Lunatic asylums Central Provinces reports 1886-1894 - 1886-1894
Year: 1886
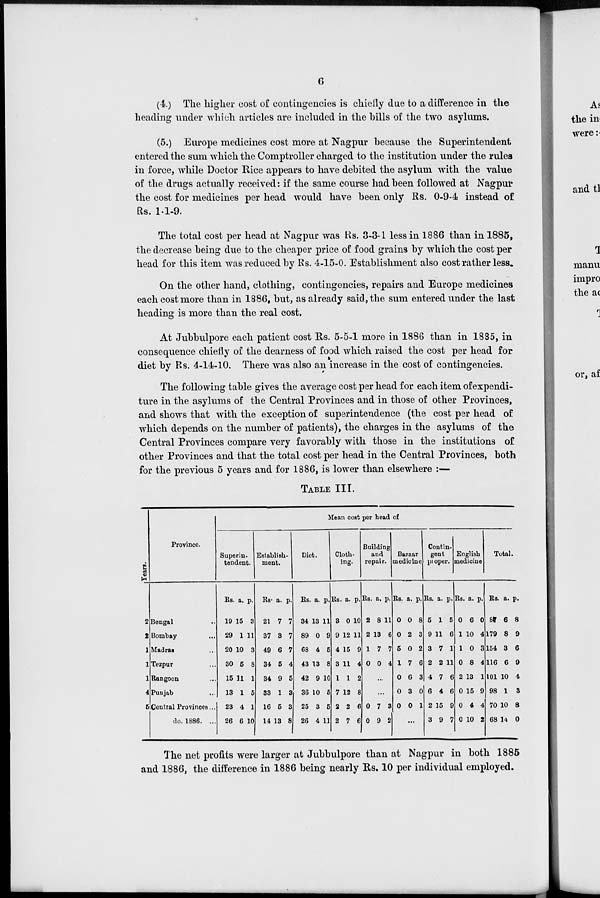
6
(4.) The higher cost of contingencies is chiefly due to a difference in the
heading under which articles are included in the bills of the two asylums.
(5.) Europe medicines cost more at Nagpur because the Superintendent
entered the sum which the Comptroller charged to the institution under the rules
in force, while Doctor Rice appears to have debited the asylum with the value
of the drugs actually received: if the same course had been followed at Nagpur
the cost for medicines per head would have been only Rs. 0-9-4 instead of
Rs. 1-1-9.
The total cost per head at Nagpur was Rs. 3-3-1 less in 1886 than in 1885,
the decrease being due to the cheaper price of food grains by which the cost per
head for this item was reduced by Rs. 4-15-0. Establishment also cost rather less.
On the other hand, clothing, contingencies, repairs and Europe medicines
each cost more than in 1886, but, as already said, the sum entered under the last
heading is more than the real cost.
At Jubbulpore each patient cost Rs. 5-5-1 more in 1886 than in 1885, in
consequence chiefly of the dearness of food which raised the cost per head for
diet by Rs, 4-14-10. There was also an increase in the cost of contingencies.
The following table gives the average cost per head for each item of expendi-
ture in the asylums of the Central Provinces and in those of other Provinces,
and shows that with the exception of superintendence (the cost per head of
which depends on the number of patients), the charges in the asylums of the
Central Provinces compare very favorably with those in the institutions of
other Provinces and that the total cost per head in the Central Provinces, both
for the previous 5 years and for 1886, is lower than elsewhere :—
TABLE III.
Years.
2
2
1
1
1
4
5
Province.
Bengal ...
Bombay ...
Madras ...
Tezpur ...
Rangoon ...
Punjab ...
Central Provinces ...
do. 1886. ...
Mean cost per head of
Superin-
tendent.
Rs.
19
29
20
30
15
13
23
26
a.
15
1
10
5
11
1
4
6
p.
3
11
3
8
1
5
1
10
Establish-
ment.
Rs.
21
37
49
34
34
33
16
14
a.
7
3
6
5
9
1
5
13
p.
7
7
7
4
5
3
3
8
Diet.
Rs.
34
89
68
43
42
36
25
26
a.
13
0
4
13
9
10
3
4
p.
11
9
5
8
10
5
5
11
Cloth-
ing.
Rs.
3
9
4
3
1
7
2
2
a.
0
12
15
11
1
12
2
7
p.
10
11
9
4
2
8
6
6
Building
and
repair.
Rs.
2
2
1
0
a.
8
13
7
0
p.
11
6
7
4
...
...
0
0
7
9
3
2
Bazaar
medicine
Rs.
0
0
5
1
0
0
0
a.
0
2
0
7
6
3
0
p.
8
3
2
6
3
0
1
...
Contin-
gent
proper.
Rs
5
9
3
2
4
6
2
3
a.
1
11
7
2
7
4
15
9
p.
5
6
1
11
6
6
9
7
English
medicine
Rs
0
1
1
0
2
0
0
0
a.
6
10
0
8
13
15
4
10
p.
0
4
3
4
1
9
4
2
Total.
Rs.
87
179
154
116
101
98
70
68
a.
6
8
3
6
10
1
10
14
p.
8
9
6
9
4
3
8
0
The net profits were larger at Jubbulpore than at Nagpur in both 1885
and 1886, the difference in 1886 being nearly Rs. 10 per individual employed.